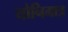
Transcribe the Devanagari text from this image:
योनिमात्र